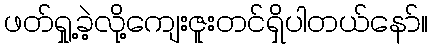
ဖတ်ရှု့ခဲ့လို့ကျေးဇူးတင်ရှိပါတယ်နော်။